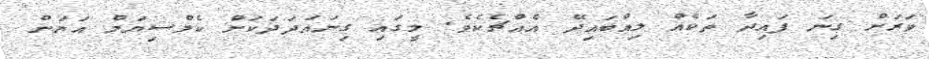
ވަރަށް ގިނަ ފައިދާ ތަކެއް ލިއްބައިދޭ އެއްޗެކެވެ. މީގައި ގިނައަދަދަކަށް ކެލްސިޔަމް އަޔަން